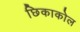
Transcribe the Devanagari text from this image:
छिकाकोल